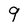
Character: 9